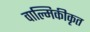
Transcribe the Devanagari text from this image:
वाल्मिकीकृत